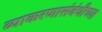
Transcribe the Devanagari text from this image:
व्याकरणासंबंधीच्या